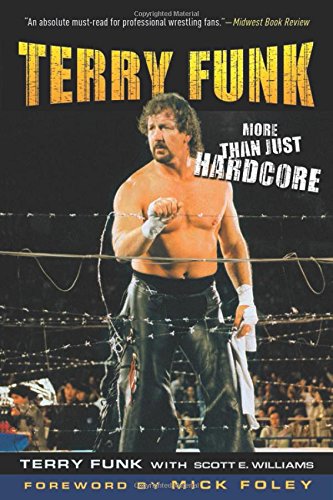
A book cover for Terry Funk: More Than Just Hardcore; Terry Funk; Biographies & Memoirs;